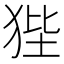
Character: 狴